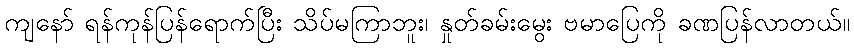
ကျနော် ရန်ကုန်ပြန်ရောက်ပြီး သိပ်မကြာဘူး၊ နှုတ်ခမ်းမွေး ဗမာပြေကို ခဏပြန်လာတယ်။